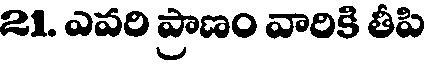
21. ఎవరి ప్రాణం వారికి తీపి